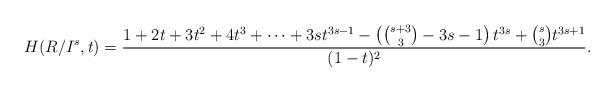
LaTeX: \begin{align*} H(R/I^s,t) = \frac{1+2t+3t^2+4t^3+ \cdots +3st^{3s-1} - \left({s +3 \choose 3}-3s-1 \right)t^{3s} + {s \choose 3} t^{3s+1}}{(1-t)^2}.\end{align*}